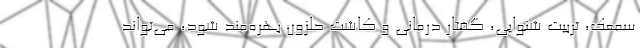
سمعک، تربیت شنوایی، گفتار درمانی و کاشت حلزون بهره‌مند شود، می‌تواند